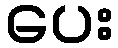
ပေး